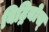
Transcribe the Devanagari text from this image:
विट्रियोस्